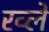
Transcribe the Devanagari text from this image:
रव्ले